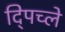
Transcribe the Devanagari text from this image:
द्पिच्ले